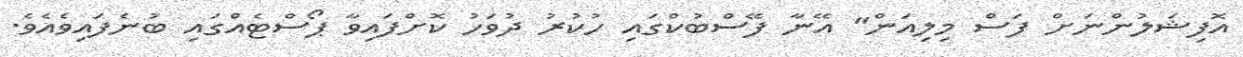
އޮފިޝަލުންނަށް ފަސް މިލިއަން" އޭނާ ފޭސްބުކްގައި ހުކުރު ދުވަހު ކޮށްފައިވާ ޕޯސްޓެއްގައި ބުނެފައިވެއެވެ.